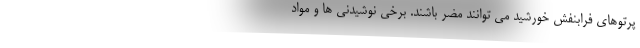
پرتوهای فرابنفش خورشید می توانند مضر باشند. برخی نوشیدنی ها و مواد